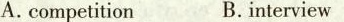
A.competition B. interview